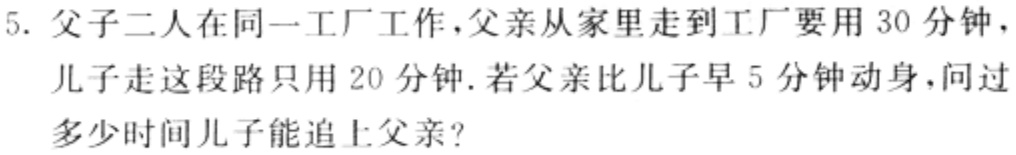
5. 父子二人在同一工厂工作，父亲从家里走到工厂要用 30 分钟，儿子走这段路只用 20 分钟. 若父亲比儿子早 5 分钟动身，问过多少时间儿子能追上父亲?